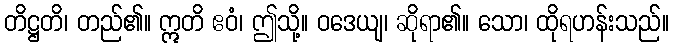
တိဋ္ဌတိ၊ တည်၏။ ဣတိ ဧဝံ၊ ဤသို့။ ဝဒေယျ၊ ဆိုရာ၏။ သော၊ ထိုရဟန်းသည်။